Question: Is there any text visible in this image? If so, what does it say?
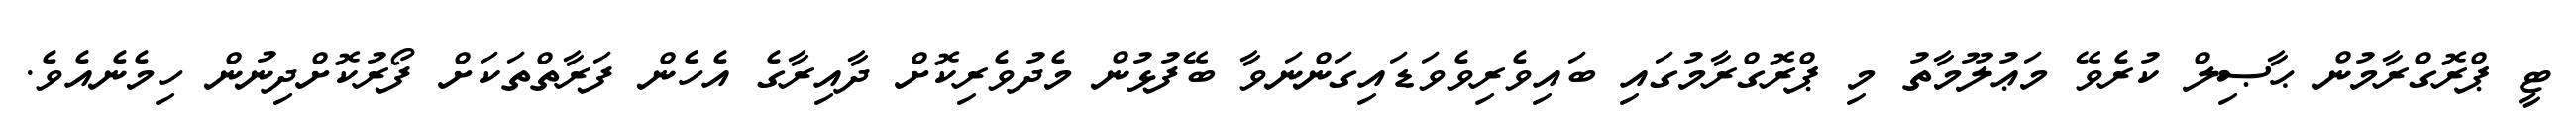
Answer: ޓީ ޕްރޮގްރާމުން ޙާޞިލް ކުރެވޭ މަޢުލޫމާތު މި ޕްރޮގްރާމުގައި ބައިވެރިވެވަޑައިގަންނަވާ ބޭފުޅުން މެދުވެރިކޮށް ދާއިރާގެ އެހެން ފަރާތްތަކަށް ފޯރުކޮށްދިނުން ހިމެނެއެވެ.